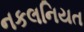
નકલનિયત